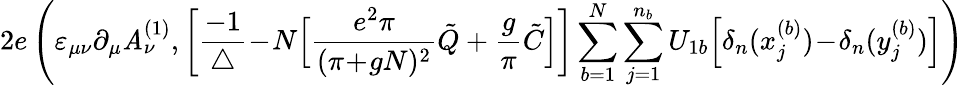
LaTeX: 2e\left(\varepsilon_{\mu\nu}\partial_{\mu}\mathit{A}_{\nu}^{(1)},\bigg[\frac{{-1}}{{\triangle}}\! -\! N\Big[\frac{{e^{2}\pi}}{{(\pi\! +\! gN)^{2}}}\tilde{{Q}}+\frac{{g}}{{\pi}}\tilde{{C}}\Big]\bigg]\sum_{b=1}^{N}\sum_{j=1}^{n_{b}}U_{1b}\Big[\delta_{n}(x_{j}^{(b)})\! -\! \delta_{n}(y_{j}^{(b)})\Big]\right)